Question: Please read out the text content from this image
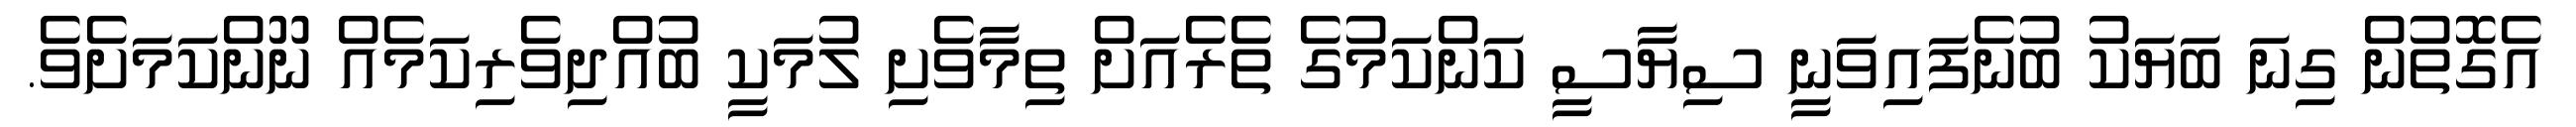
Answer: އެގޮތުން ގިނަ ބަޔަކު ބުނެފައިވަނީ ސިޔާސީ ކަންކަމުގެ ތެރެއަށް ތިމާވެށި ލުމަކީ ބުއްދިވެރިކަމެއް ނޫންކަމަށެވެ.